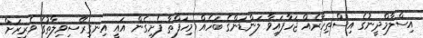
އިސްލާމްދީނުގެ އިސްތިހާރެއް ޖަހާފައިވާ ލަންޑަންގެ ބަހެއް މިހަފްތާ ފެށިގެން އައީ އިނގިރޭސިވިލާތުގެ ވެރިރަށް